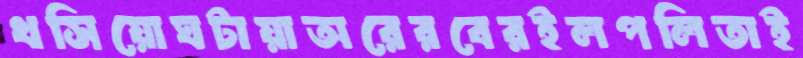
খসিয়োঘটায়াঅরেরবেরইলপলিতাই